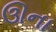
ઊના